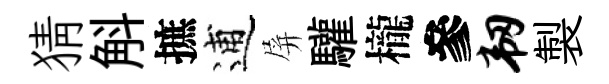
猜斛摭逋屏驩櫳參韧製